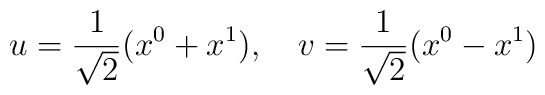
u=\frac 1{\sqrt{2}}(x^0+x^1),\quad v=\frac 1{\sqrt{2}}(x^0-x^1)